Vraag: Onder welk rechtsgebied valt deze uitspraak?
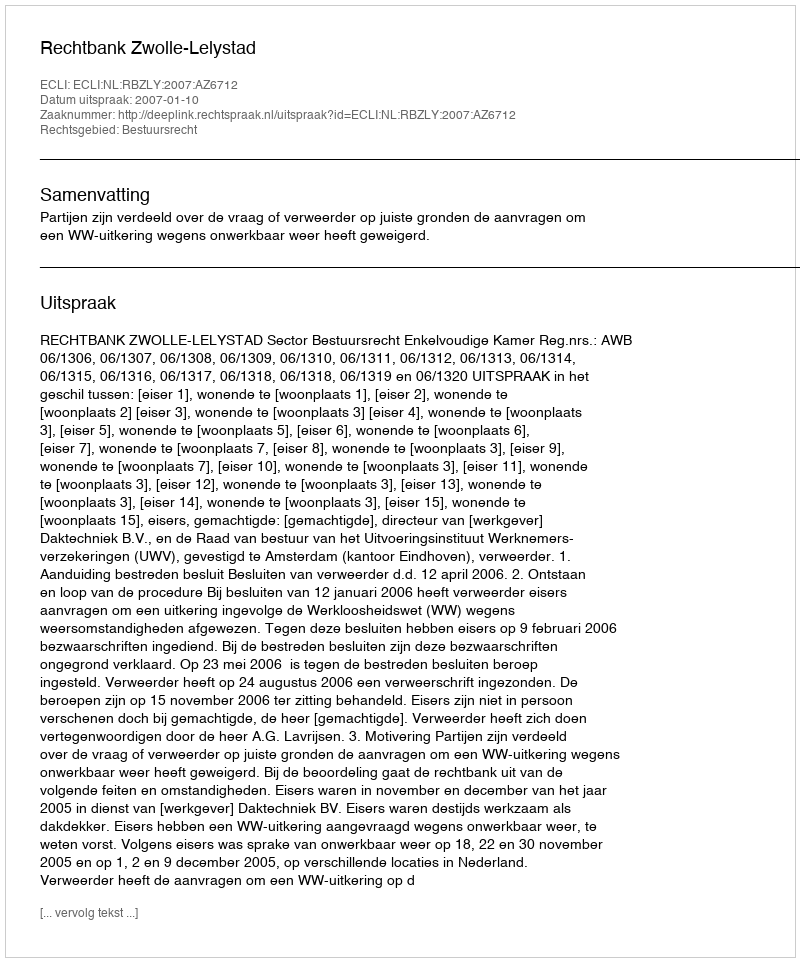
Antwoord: Bestuursrecht